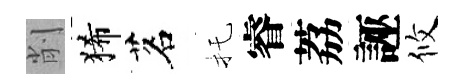
削狶茗托睿荔誣攸